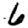
Digit: 6